Black-water fever - Number 35
Disease focus: Fever
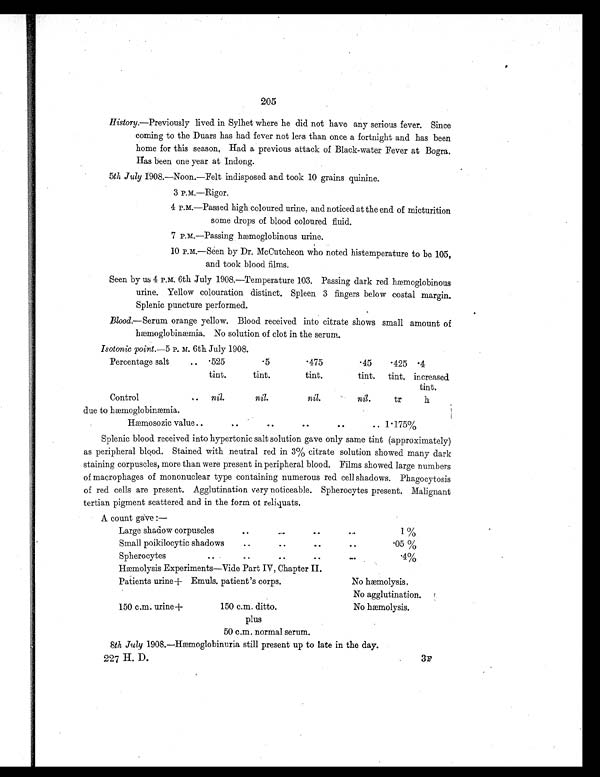
205
History.—Previously lived in Sylhet where he did not have any serious fever. Since
coming to the Duars has had fever not leas than once a fortnight and has been
home f or t hi s s eas on. Had a pr evi ous at t ack of Bl ack- wat er Fever at Bogr a.
Has been one year at Indong.
5th July 1908.—Noon.—Felt indisposed and took 10 grains quinine.
3 P.M.—Rigor.
4 P.M.—Passed high coloured urine, and noticed at the end of micturition
some drops of blood coloured fluid.
7 P.M.—Passing hæmoglobinous urine.
10 P.M.—Seen by Dr. McCutcheon who noted histemperature to be 105,
and took blood films.
Seen by us 4 P.M. 6th July 1908.—Temperature 103. Passing dark red hæmoglobinous
urine. Yellow colouration distinct. Spleen 3 fingers below costal margin.
Splenic puncture performed.
Blood.—Serum orange yellow. Blood received into citrate shows small amount of
hæmoglobinæmia. No solution of clot in the serum.
Isotonic point.— 5 P. M. 6th July 1908.
Percentage salt
.. .525
.5
.475
. 4 5 .425 .4
tint.
tint.
tint.
tint. tint. increased
tint.
Control
. . nil.
nil.
nil.
nil.
tr
h
due to hæmoglobinæmia.
Hæmosozic value ..
. .
. .
. .
1.175%
Splenic blood received into hypertonic salt solution gave only same tint (approximately)
as peripheral blood. Stained with neutral red in 3% citrate solution showed many dark
staining corpuscles, more than were present in peripheral blood. Films showed large numbers
of macrophages of mononuclear type containing numerous red cell shadows. Phagocytosis
of red cells are present. Agglutination very noticeable. Spherocytes present. Malignant
tertian pigment scattered and in the form of reliquats.
A count gave :
—
Large shadow corpuscles
. .
. .
. .
. .
1%
Small poikilocytic shadow
. .
. .
..
..
.05%
Spherocytes
. .
..
. .
. .
. .
.4%
Hæmolysis Experiments—Vide Part IV, Chapter II.
Patients urine + Emuls. patient's corps.
No hæmolysis.
No agglutination.
150 c.m. urine +
150 c.m. ditto.
No hæmolysis.
plus
50 c.m. normal serum.
8th July 1908.—Hæemoglobinuria still present up to late in the day.
227 H. D.
3F